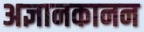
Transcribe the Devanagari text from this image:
अज्ञानकानन